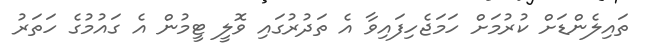
ތައިލެންޑަށް ކުރުމަށް ހަމަޖެހިފައިވާ އެ ތަދުރުގައި ވޮލީ ޓީމުން އެ ގައުމުގެ ހަތަރު